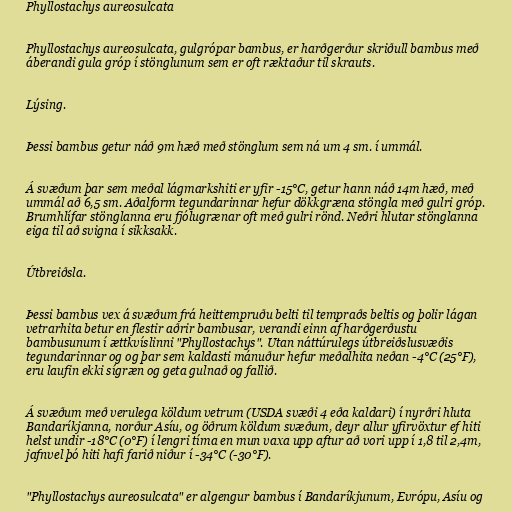
Phyllostachys aureosulcata

Phyllostachys aureosulcata, gulgrópar bambus, er harðgerður skriðull bambus með
áberandi gula gróp í stönglunum sem er oft ræktaður til skrauts.

Lýsing.

Þessi bambus getur náð 9m hæð með stönglum sem ná um 4 sm. í ummál.

Á svæðum þar sem meðal lágmarkshiti er yfir -15°C, getur hann náð 14m hæð, með
ummál að 6,5 sm. Aðalform tegundarinnar hefur dökkgræna stöngla með gulri gróp.
Brumhlífar stönglanna eru fjólugrænar oft með gulri rönd. Neðri hlutar stönglanna
eiga til að svigna í sikksakk.

Útbreiðsla.

Þessi bambus vex á svæðum frá heittempruðu belti til tempraðs beltis og þolir lágan
vetrarhita betur en flestir aðrir bambusar, verandi einn af harðgerðustu
bambusunum í ættkvíslinni "Phyllostachys". Utan náttúrulegs útbreiðslusvæðis
tegundarinnar og og þar sem kaldasti mánuður hefur meðalhita neðan -4°C (25°F),
eru laufin ekki sígræn og geta gulnað og fallið.

Á svæðum með verulega köldum vetrum (USDA svæði 4 eða kaldari) í nyrðri hluta
Bandaríkjanna, norður Asíu, og öðrum köldum svæðum, deyr allur yfirvöxtur ef hiti
helst undir -18°C (0°F) í lengri tíma en mun vaxa upp aftur að vori upp í 1,8 til 2,4m,
jafnvel þó hiti hafi farið niður í -34°C (-30°F).

"Phyllostachys aureosulcata" er algengur bambus í Bandaríkjunum, Evrópu, Asíu og